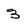
Character: 3